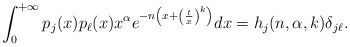
\begin{align*}\int_0^{+\infty}p_j(x)p_\ell(x)x^\alpha e^{-n\left(x+\left(\frac{t}{x}\right)^k\right)}dx=h_j(n,\alpha,k)\delta_{j\ell}.\end{align*}